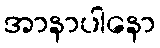
အာနာပါနော